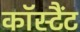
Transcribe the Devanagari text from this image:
कॉस्टैंट